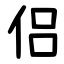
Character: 侣